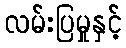
လမ်းပြမှုနှင့်